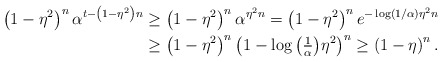
\begin{align*} \left(1-\eta^2\right)^n\alpha^{t-\left(1-\eta^2\right)n} &\geq \left(1-\eta^2\right)^n \alpha^{\eta^2 n} = \left(1-\eta^2\right)^n e^{-\log(1/\alpha)\eta^2 n}\\ &\geq \left(1-\eta^2\right)^n \left(1 - \log\big(\tfrac{1}{\alpha}\big) \eta^2\right)^n \geq \left(1-\eta\right)^n.\end{align*}